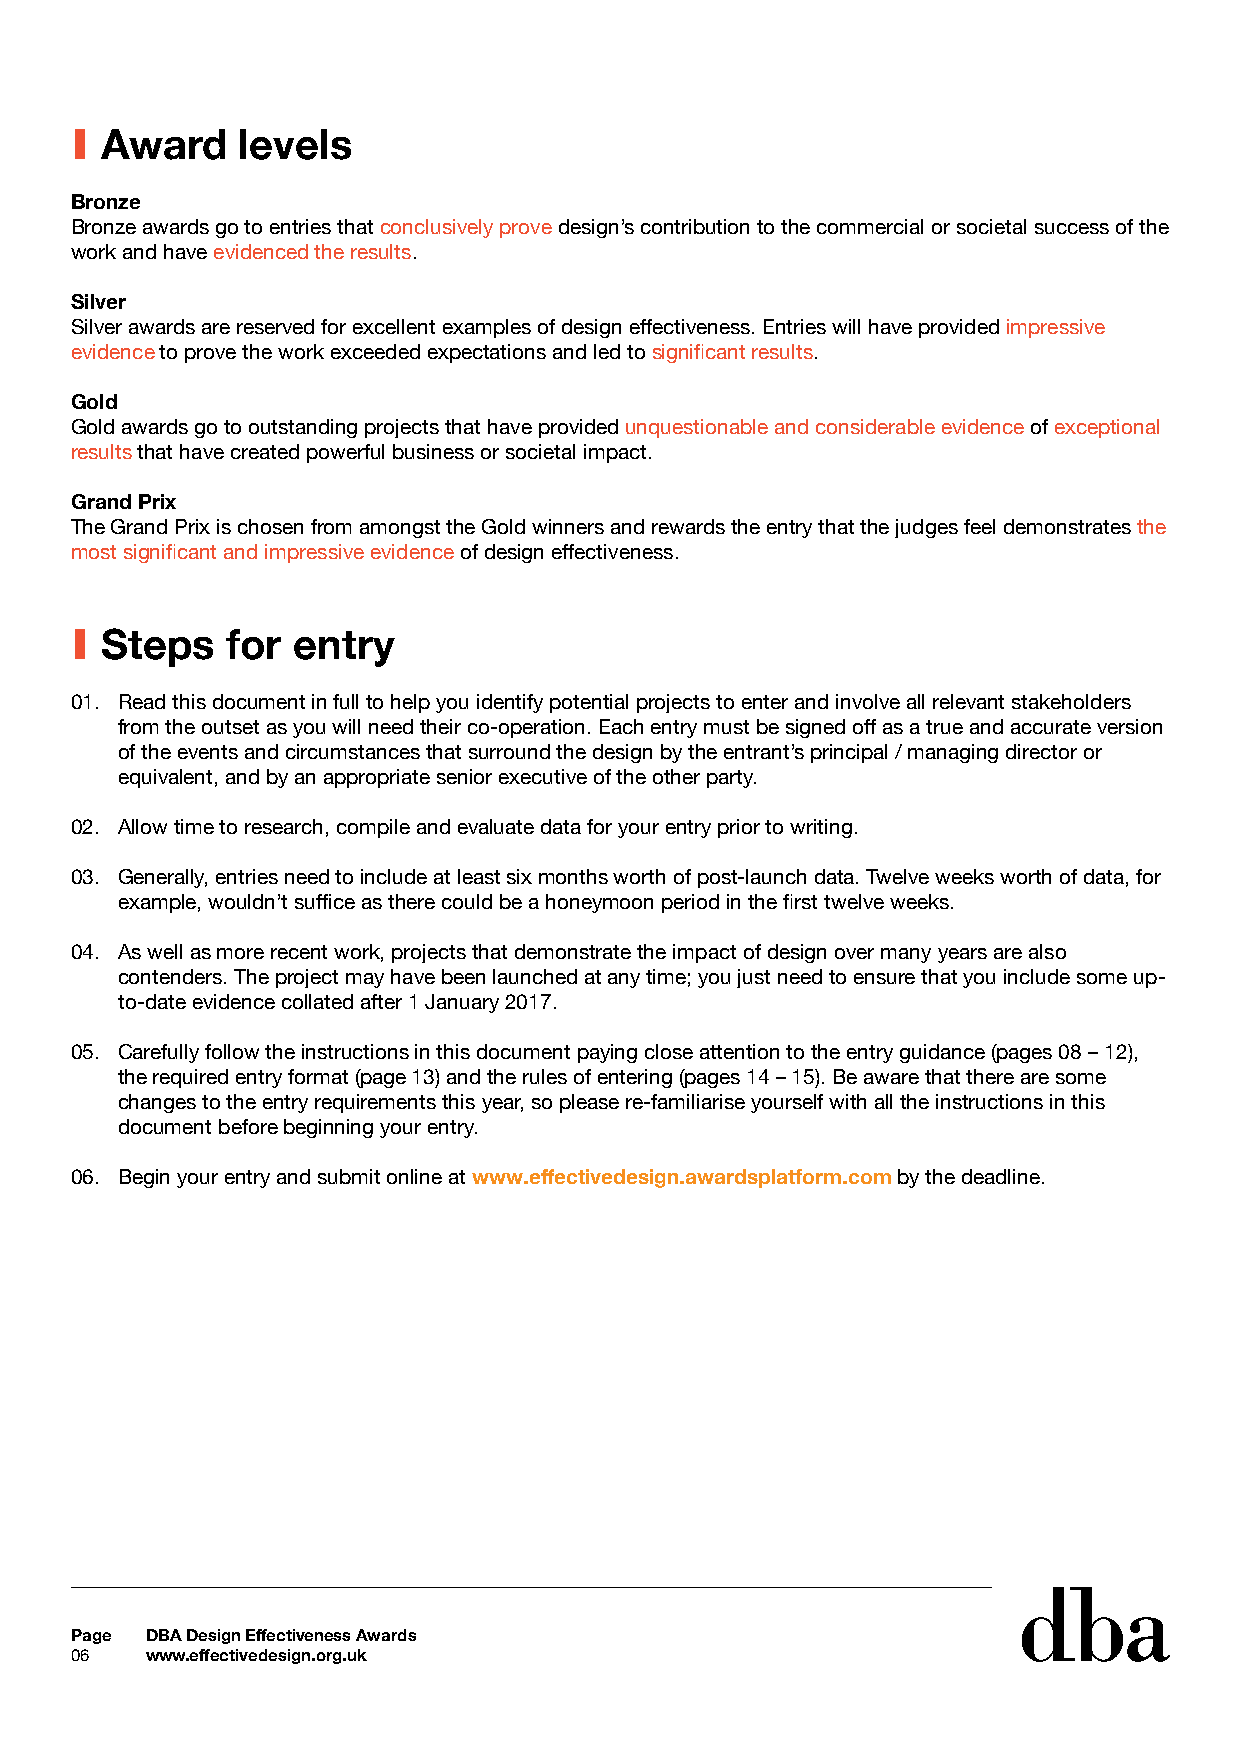
I Award    levels
 Bronze
 Bronze awards go to entries that conclusively prove design’s contribution to the commercial or societal success of the
 work and have evidenced the results.
 Silver
 Silver awards are reserved for excellent examples of design effectiveness. Entries will have provided impressive
 evidence to prove the work exceeded expectations and led to significant results.
 Gold
 Gold awards go to outstanding projects that have provided unquestionable and considerable evidence of exceptional
 results that have created powerful business or societal impact.
 Grand Prix
 The Grand Prix is chosen from amongst the Gold winners and rewards the entry that the judges feel demonstrates the
 most significant and impressive evidence of design effectiveness.
 I Steps   for entry
 01. Read this document in full to help you identify potential projects to enter and involve all relevant stakeholders
 from the outset as you will need their co-operation. Each entry must be signed off as a true and accurate version
 of the events and circumstances that surround the design by the entrant’s principal / managing director or
 equivalent, and by an appropriate senior executive of the other party.
 02. Allow time to research, compile and evaluate data for your entry prior to writing.
 03. Generally, entries need to include at least six months worth of post-launch data. Twelve weeks worth of data, for
 example, wouldn’t suffice as there could be a honeymoon period in the first twelve weeks.
 04. As well as more recent work, projects that demonstrate the impact of design over many years are also
 contenders. The project may have been launched at any time; you just need to ensure that you include some up-
 to-date evidence collated after 1 January 2017.
 05. Carefully follow the instructions in this document paying close attention to the entry guidance (pages 08 – 12),
 the required entry format (page 13) and the rules of entering (pages 14 – 15). Be aware that there are some
 changes to the entry requirements this year, so please re-familiarise yourself with all the instructions in this
 document before beginning your entry.
 06. Begin your entry and submit online at www.effectivedesign.awardsplatform.com by the deadline.
 Page DBA Design Effectiveness Awards
 06   www.effectivedesign.org.uk